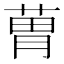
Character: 𦳢